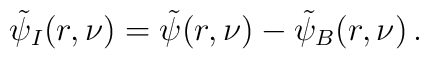
\tilde\psi_I(r,\nu) = \tilde\psi(r,\nu) - \tilde\psi_B(r,\nu) \,.